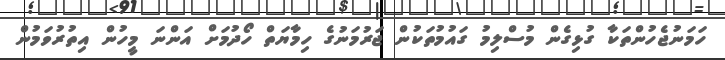
ހަމަނުޖެހުންތަކާ ގުޅިގެން މުސްލިމު ގައުމުތަކުން ޖަރުމަނުގެ ހިމާޔަތް ހޯދުމަށް އަންނަ މީހުން އިތުރުވަމުން